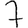
Digit: 7